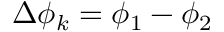
\Delta \phi _ { k } = \phi _ { 1 } - \phi _ { 2 }